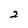
Character: 2